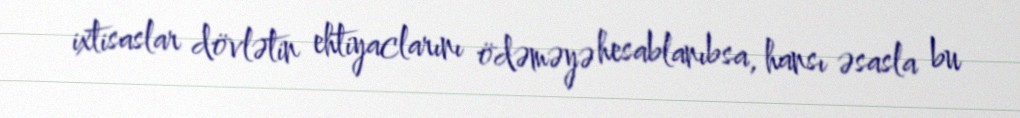
ixtisaslar dövlətin ehtiyaclarını ödəməyə hesablanıbsa, hansı əsasla bu